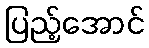
ပြည့်အောင်